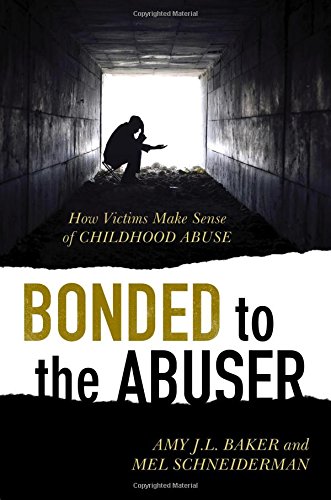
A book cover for Bonded to the Abuser: How Victims Make Sense of Childhood Abuse; Amy J.L. Baker author of Surviving Parental Alienation: A Journey of Hope and Healing and Bonded to the Abuser: How Victims Make Sense of Childhood Abuse; Parenting & Relationships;